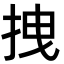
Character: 拽